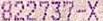
822737-X